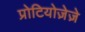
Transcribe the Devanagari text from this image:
प्रोटियोज़ेज़े